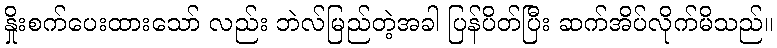
နှိုးစက်ပေးထားသော် လည်း ဘဲလ်မြည်တဲ့အခါ ပြန်ပိတ်ပြီး ဆက်အိပ်လိုက်မိသည်။